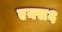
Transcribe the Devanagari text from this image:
एक्स६